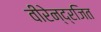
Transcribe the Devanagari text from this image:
वीरेन्द्रजित